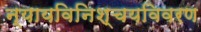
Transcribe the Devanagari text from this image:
न्यायविनिश्चयविवरण